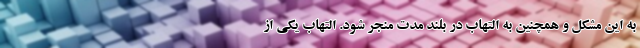
به این مشکل و همچنین به التهاب در بلند مدت منجر شود. التهاب یکی از